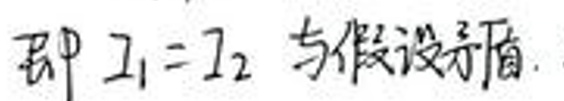
即\(I_1 = I_2\)与假设矛盾。